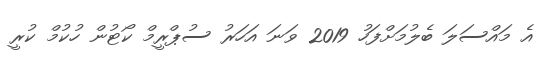
އެ މައްސަލަ ބެލުމަށްފަހު 2019 ވަނަ އަހަރު ސުޕްރީމް ކޯޓުން ހުކުމް ކުރީ